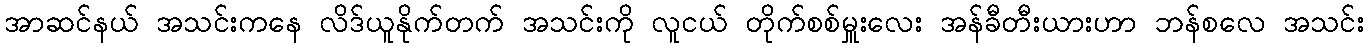
အာဆင်နယ် အသင်းကနေ လိဒ်ယူနိုက်တက် အသင်းကို လူငယ် တိုက်စစ်မှူးလေး အန်ခီတီးယားဟာ ဘန်စလေ အသင်း